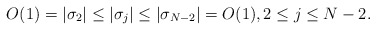
\begin{align*} O(1)=|\sigma_2|\le |\sigma_j|\le |\sigma_{N-2}|=O(1), 2\le j\le N-2. \end{align*}